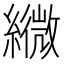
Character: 𦆓